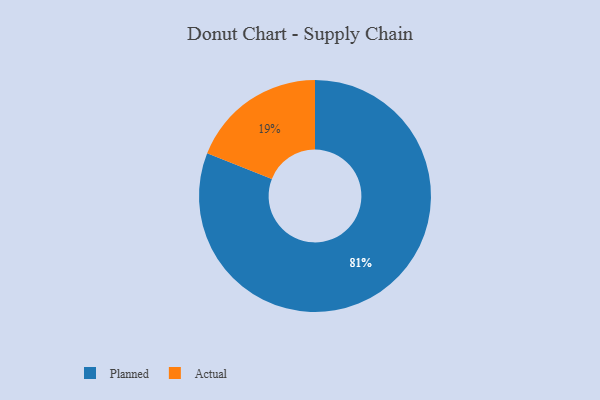
{"axis": {"x": "Category", "y": "Percentage"}, "legend": ["Actual", "Planned"], "data": [{"x": "Actual", "y": 19, "type": "Actual"}, {"x": "Planned", "y": 81, "type": "Planned"}]}